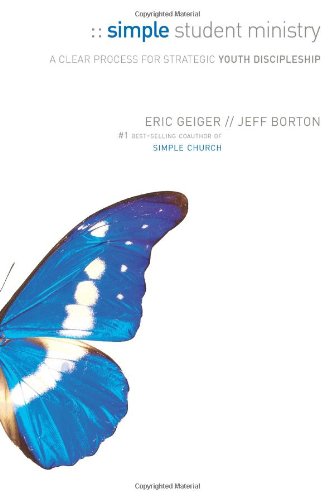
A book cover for Simple Student Ministry: A Clear Process for Strategic Youth Discipleship; Eric Geiger; Christian Books & Bibles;